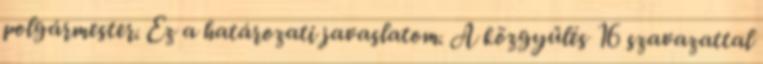
polgármester. Ez a határozati javaslatom. A közgyűlés 16 szavazattal